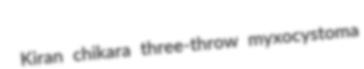
Kiran chikara three-throw myxocystoma